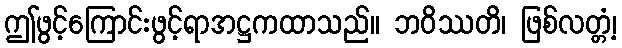
ဤဖွင့်ကြောင်းဖွင့်ရာအဋ္ဌကထာသည်။ ဘဝိဿတိ၊ ဖြစ်လတ္တံ့၊